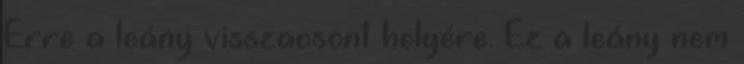
Erre a leány visszaosont helyére. Ez a leány nem